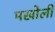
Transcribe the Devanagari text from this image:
मखोली